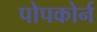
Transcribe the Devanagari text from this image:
पोपकोर्न